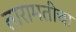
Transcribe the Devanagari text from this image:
तारामतीचा